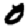
Digit: 0